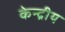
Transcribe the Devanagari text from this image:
केन्‍द्रीय